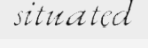
situated